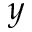
y